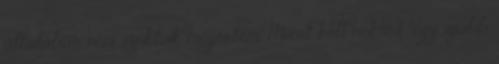
általában nem szokták megérteni. Miért kell nekünk egy újabb